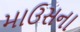
માઉસના